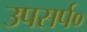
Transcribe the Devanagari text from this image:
उपसर्प०